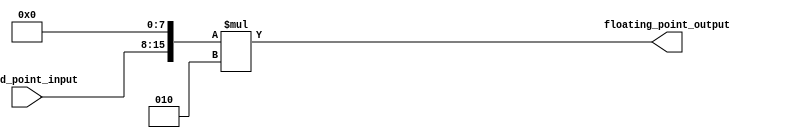
module fixed_point_converter (
    input signed [7:0] fixed_point_input,
    output reg signed [15:0] floating_point_output
);

reg signed [15:0] intermediate_result;

always @(*) begin
    intermediate_result = fixed_point_input << 8; // Shift integer bits to the left to convert to floating-point representation
    intermediate_result = intermediate_result * 2; // Multiply by 2 to account for fractional bits
    floating_point_output = intermediate_result;
    
    // Add overflow and rounding logic here if needed
end

endmodule